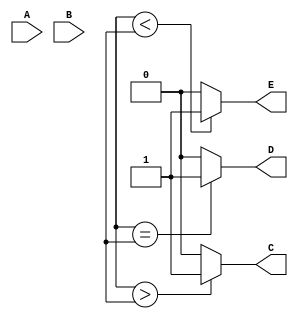
module Compartor(A, B, C, D, E);
	input [3:0] A, B;
	output C, D, E;

	assign C = (a >  b) ? 1'b1 : 1'b0;
	assign D = (a == b) ? 1'b1 : 1'b0;
	assign E = (a <  b) ? 1'b1 : 1'b0;

endmodule